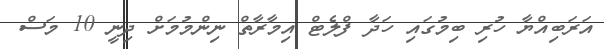
އަރަބިއްޔާ ހުރި ބިމުގައި ހަދާ ފްލެޓް އިމާރާތް ނިންމުމަށް ދިނީ 10 މަސް